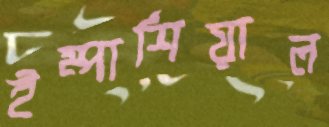
ইম্পার্শিয়াল